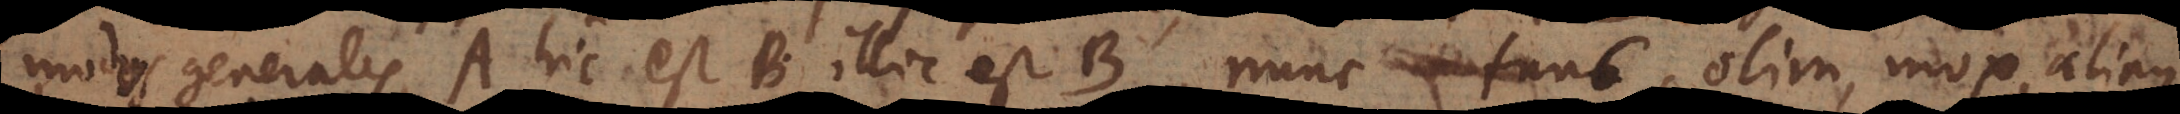
modus generalis, A hic est B, illic est B, nunc, tunc, olim, mox, aliaque